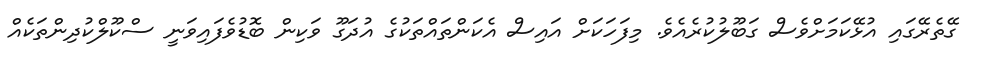
ގޭތެރޭގައި އުޅޭކަމަށްވެސް ގަބޫލުކުރެއެވެ. މިފަހަކަށް އައިސް އެކަންތައްތަކުގެ އުދަގޫ ވަކިން ބޮޑުވެފައިވަނީ ސްކޫލްކުދިންތަކެއް